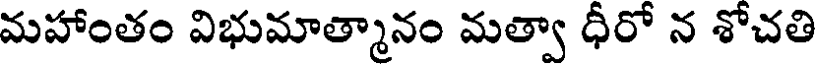
మహాంతం విభుమాత్మానం మత్వా ధీరో న శోచతి